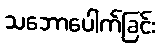
သဘောပေါက်ခြင်း